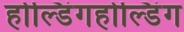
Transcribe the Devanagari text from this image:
होल्डिंगहोल्डिंग